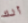
ألك